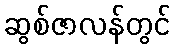
ဆွစ်ဇာလန်တွင်